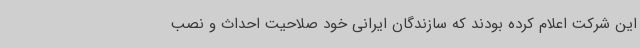
این شرکت اعلام کرده بودند که سازندگان ایرانی خود صلاحیت احداث و نصب